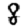
Digit: 8